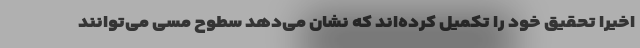
اخیراً تحقیق خود را تکمیل کرده‌اند که نشان می‌دهد سطوح مسی می‌توانند